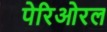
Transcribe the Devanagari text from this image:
पेरिओरल